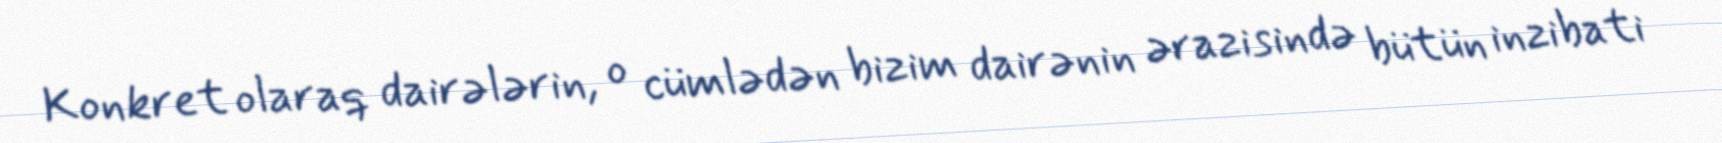
Konkret olaraq dairələrin, o cümlədən bizim dairənin ərazisində bütün inzibati